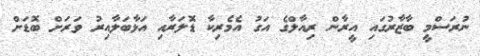
ނުރަސްމީ ބާޒާރުގައި އީރާން ރިއާލްގެ އަގު އެމެރިކާ ޑޮލަރާއި އަޅާބަލާއިރު ވަރަށް ބޮޑަށް